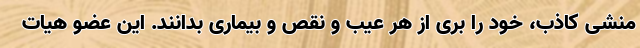
منشی کاذب، خود را بری از هر عیب و نقص و بیماری بدانند. این عضو هیات